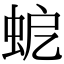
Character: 𧉵